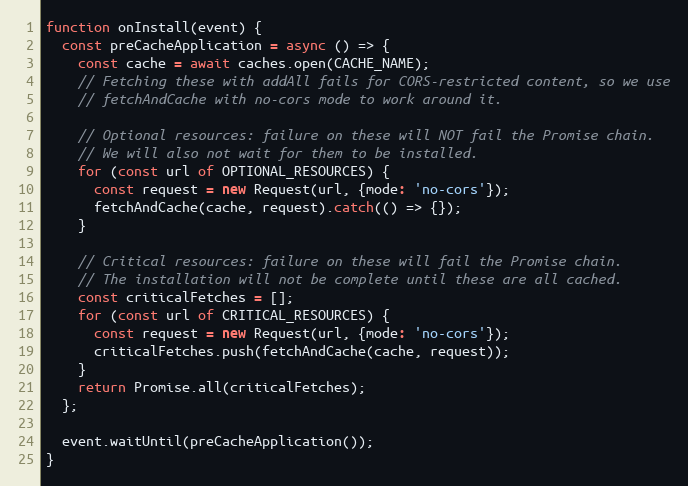
Language: JavaScript
function onInstall(event) {
  const preCacheApplication = async () => {
    const cache = await caches.open(CACHE_NAME);
    // Fetching these with addAll fails for CORS-restricted content, so we use
    // fetchAndCache with no-cors mode to work around it.

    // Optional resources: failure on these will NOT fail the Promise chain.
    // We will also not wait for them to be installed.
    for (const url of OPTIONAL_RESOURCES) {
      const request = new Request(url, {mode: 'no-cors'});
      fetchAndCache(cache, request).catch(() => {});
    }

    // Critical resources: failure on these will fail the Promise chain.
    // The installation will not be complete until these are all cached.
    const criticalFetches = [];
    for (const url of CRITICAL_RESOURCES) {
      const request = new Request(url, {mode: 'no-cors'});
      criticalFetches.push(fetchAndCache(cache, request));
    }
    return Promise.all(criticalFetches);
  };

  event.waitUntil(preCacheApplication());
}